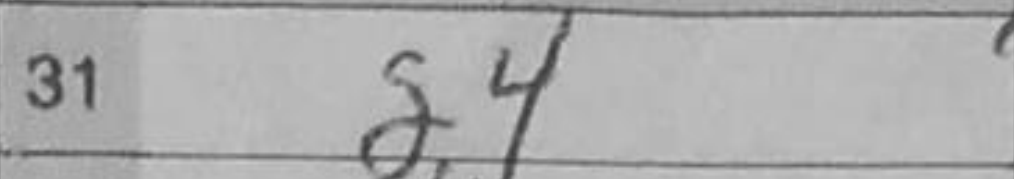
Transcription: g4